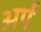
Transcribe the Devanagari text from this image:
अर्प